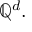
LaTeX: \mathbb { Q } ^ { d } .